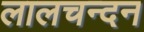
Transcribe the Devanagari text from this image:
लालचन्दन